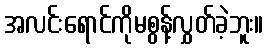
အလင်းရောင်ကိုမစွန့်လွှတ်ခဲ့ဘူး။